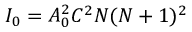
{ { I } _ { 0 } } = A _ { 0 } ^ { 2 } { C ^ { 2 } } N ( N + 1 ) ^ { 2 }